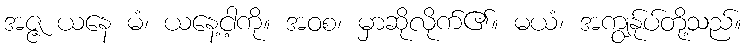
အဇ္ဇ ယနေ မံ၊ ယနေ့ငါ့ကို။ အဝစ၊ မှာဆိုလိုက်၏။ မယံ၊ အကျွန်ုပ်တို့သည်။